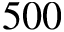
5 0 0